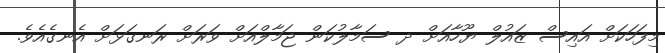
މިފަހަކަށް އައިސް ޒައުލް ޔޫހާއަށް ދ ސަމާލުކަން ޖަމާލްއަށް ވަރަށް ރަނގަޅަށް އެނގެއެވެ.